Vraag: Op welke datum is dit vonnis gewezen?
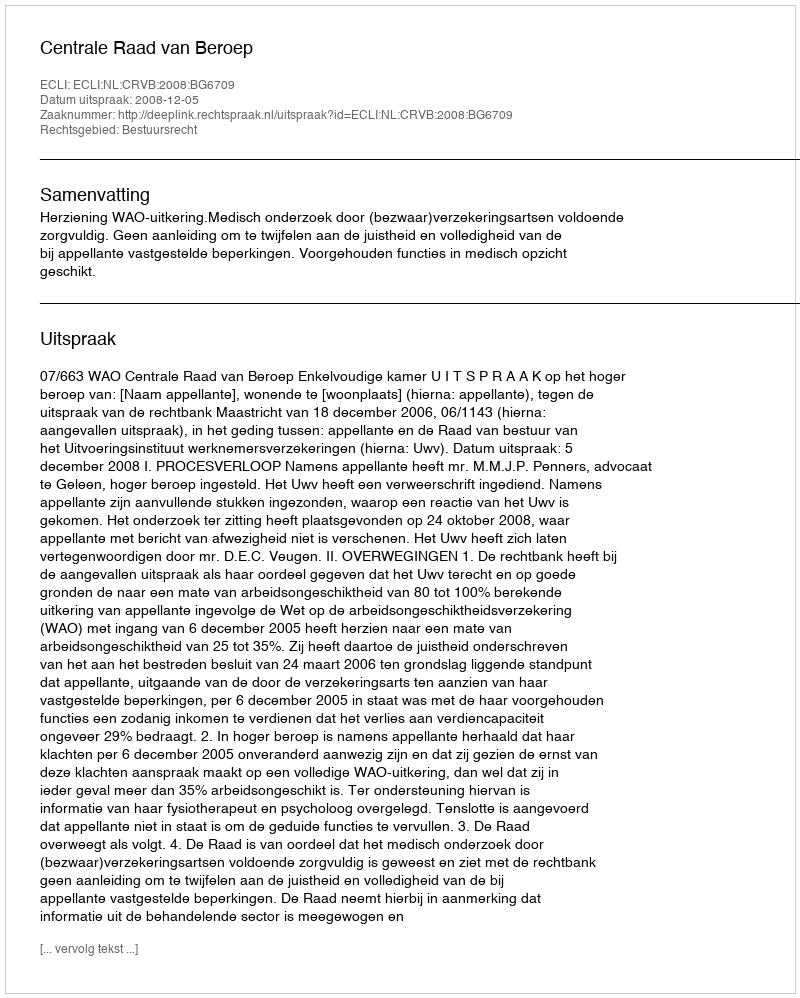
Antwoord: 2008-12-05